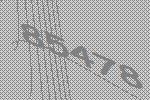
85478